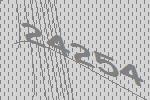
24254